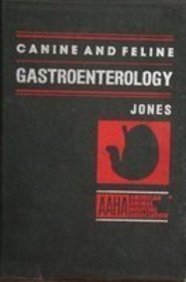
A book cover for Canine and Feline Gastroenterology; Brent D. Jones; Medical Books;